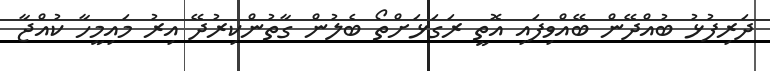
ދަރިފުޅު ބުއްދޭން ބޭއްވިފައި އޮތީ ރަގަޅަށްތޯ ބެލުން ގާތުންކިރުދޭ އިރު މައިމީހާ ކުއްޖާ